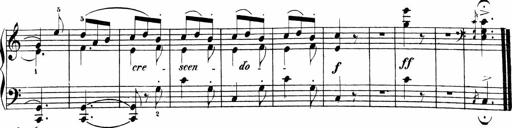
Title: Sonatinen Op.47, 98 und 136, nebst 6 Liedersonatinen
Composer: Carl Reinecke